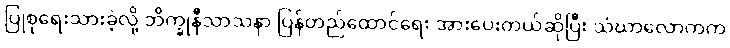
ပြုစုရေးသားခဲ့လို့ ဘိက္ခုနီသာသနာ ပြန်တည်ထောင်ရေး အားပေးတယ်ဆိုပြီး သံဃာလောကက